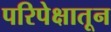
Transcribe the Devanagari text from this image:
परिपेक्षातून